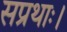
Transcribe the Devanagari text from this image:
सप्रथाः।